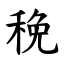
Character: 䅋